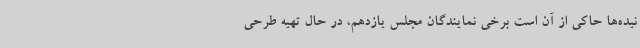
نیده‌ها حاکی از آن است برخی نمایندگان مجلس یازدهم، در حال تهیه طرحی